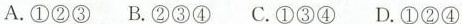
A.①②③ B.②③④ C.①③④ D.①②④